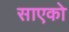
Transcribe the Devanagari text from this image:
साएको